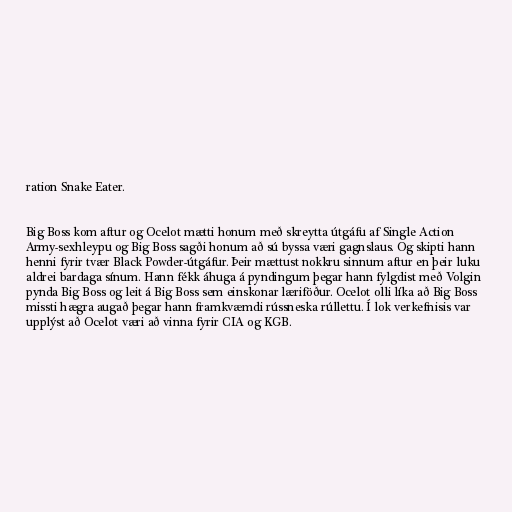
ration Snake Eater.

Big Boss kom aftur og Ocelot mætti honum með skreytta útgáfu af Single Action
Army-sexhleypu og Big Boss sagði honum að sú byssa væri gagnslaus. Og skipti hann
henni fyrir tvær Black Powder-útgáfur. Þeir mættust nokkru sinnum aftur en þeir luku
aldrei bardaga sínum. Hann fékk áhuga á pyndingum þegar hann fylgdist með Volgin
pynda Big Boss og leit á Big Boss sem einskonar læriföður. Ocelot olli líka að Big Boss
missti hægra augað þegar hann framkvæmdi rússneska rúllettu. Í lok verkefnisis var
upplýst að Ocelot væri að vinna fyrir CIA og KGB.